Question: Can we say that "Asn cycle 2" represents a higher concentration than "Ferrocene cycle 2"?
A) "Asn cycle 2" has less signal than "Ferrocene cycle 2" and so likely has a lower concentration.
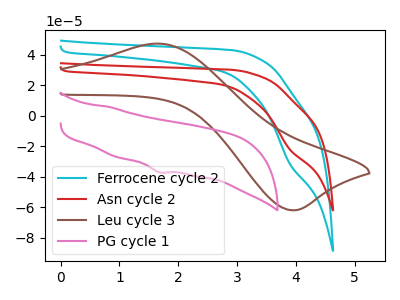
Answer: <think>The cyan curve "Ferrocene cycle 2" has a cathodic peak at: (3.90V, -31.45uA). The red curve "Asn cycle 2" has a cathodic peak at: (3.90V, -22.00uA). The brown curve "Leu cycle 3" has an anodic peak at (1.65V, 47.35uA) and a cathodic peak at (3.90V, -61.85uA). The pink curve "PG cycle 1" has a cathodic peak at: (1.70V, -37.05uA).
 All the peaks in "Asn cycle 2" have a peak in "Ferrocene cycle 2" at the same potential. Every peak in "Asn cycle 2" is lower than every peak in "Ferrocene cycle 2".</think>
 <answer>A) "Asn cycle 2" has less signal than "Ferrocene cycle 2" and so likely has a lower concentration.</answer>
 <eval>A</eval>